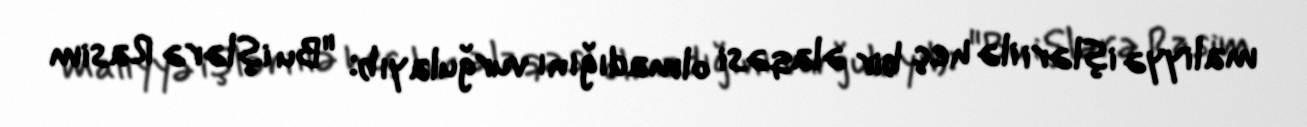
maliyyə işləri ilə heç bir əlaqəsi olmadığını vurğulayıb: "Bu işlərə Rasim